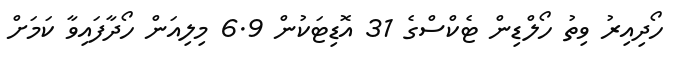
ހޯދިއިރު ވިތު ހޯލްޑިން ޓެކްސްގެ 31 އޮޑިޓަކުން 6.9 މިލިއަން ހޯދާފައިވާ ކަމަށް